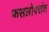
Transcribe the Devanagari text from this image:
फसलोपरांत